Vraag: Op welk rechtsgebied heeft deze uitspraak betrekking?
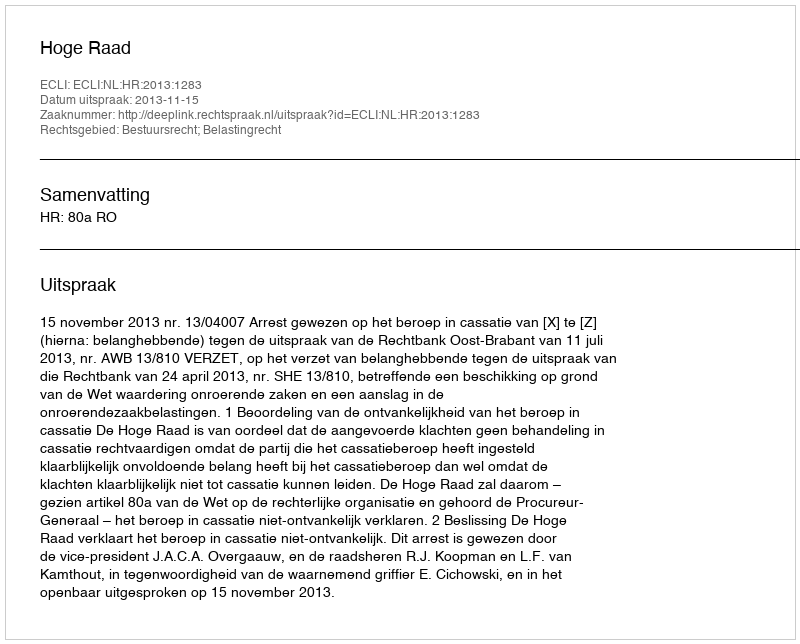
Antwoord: Bestuursrecht; Belastingrecht